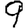
Digit: 9